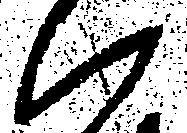
ハ